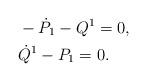
LaTeX: \begin{align*}&-\dot{P}_{1}-Q^{1}=0,\\&\dot{Q}^{1}-P_{1}=0.\end{align*}